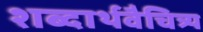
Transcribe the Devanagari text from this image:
शब्दार्थवैचित्र्य